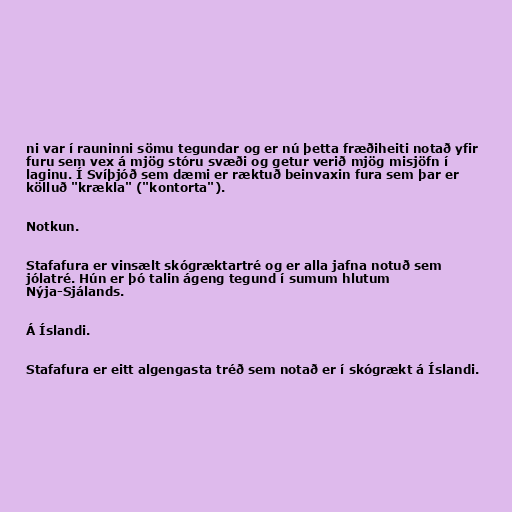
ni var í rauninni sömu tegundar og er nú þetta fræðiheiti notað yfir
furu sem vex á mjög stóru svæði og getur verið mjög misjöfn í
laginu. Í Svíþjóð sem dæmi er ræktuð beinvaxin fura sem þar er
kölluð "krækla" ("kontorta").

Notkun.

Stafafura er vinsælt skógræktartré og er alla jafna notuð sem
jólatré. Hún er þó talin ágeng tegund í sumum hlutum
Nýja-Sjálands.

Á Íslandi.

Stafafura er eitt algengasta tréð sem notað er í skógrækt á Íslandi.